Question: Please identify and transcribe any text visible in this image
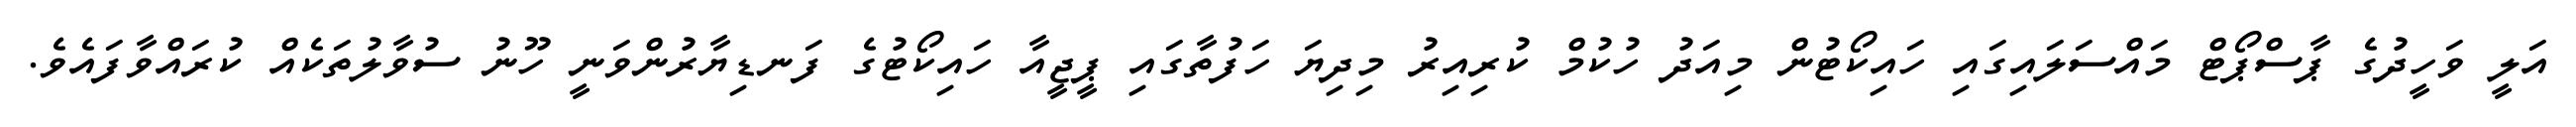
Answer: އަލީ ވަހީދުގެ ޕާސްޕޯޓް މައްސަލައިގައި ހައިކޯޓުން މިއަދު ހުކުމް ކުރިއިރު މިދިޔަ ހަފުތާގައި ޕީޖީއާ ހައިކޯޓުގެ ފަނޑިޔާރުންވަނީ ހޫނު ސުވާލުތަކެއް ކުރައްވާފައެވެ.